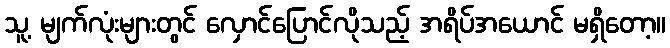
သူ့ မျက်လုံးများတွင် လှောင်ပြောင်လိုသည့် အရိပ်အယောင် မရှိတော့။